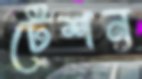
টেশন